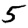
Digit: 5